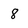
Character: 8